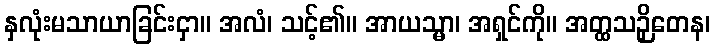
နှလုံးမသာယာခြင်းငှာ။ အလံ၊ သင့်၏။ အာယသ္မာ၊ အရှင်ကို။ အတ္ထသဉှိတေန၊